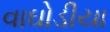
વાઘોડીયા